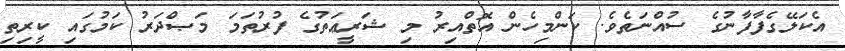
އެކަލޭގެފާފާނުގެ ސުއްނަތެވެ. ކަންމިހެން އޮތްއިރު މި ޝަރީޢަތުގެ ފުރުތަމަ މަޞްދަރު ކަމުގައި ކީރިތި